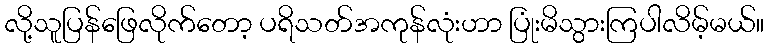
လို့သူပြန်ဖြေလိုက်တော့ ပရိသတ်အကုန်လုံးဟာ ပြုံးမိသွားကြပါလိမ့်မယ်။